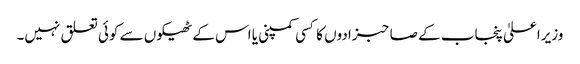
وزیراعلیٰ پنجاب کے صاحبزادوں کا کسی کمپنی یا اس کے ٹھیکوں سے کوئی تعلق نہیں۔